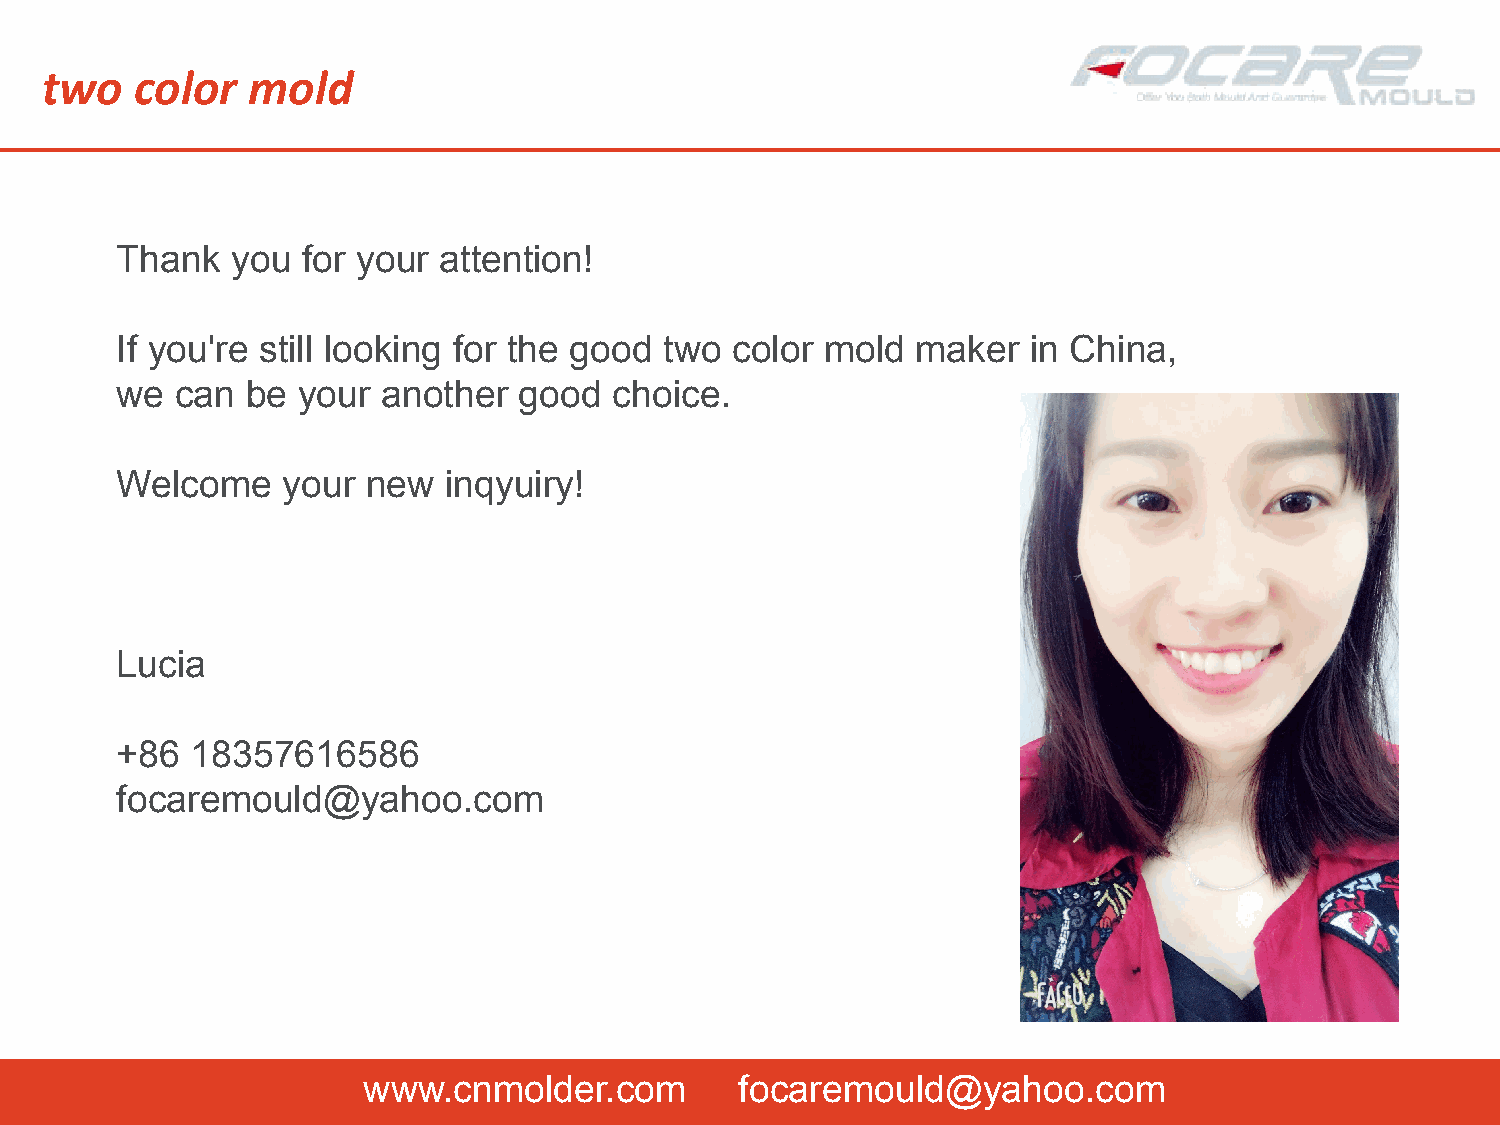
two   color  mold
 Thank  you  for your attention!
 If you're still looking for the good two color mold  maker  in China,
 we  can be  your another  good   choice.
 Welcome    your new  inqyuiry!
 Lucia
 +86  18357616586
 focaremould@yahoo.com
 www.cnmolder.com         focaremould@yahoo.com